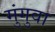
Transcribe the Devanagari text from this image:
मुंगुवा